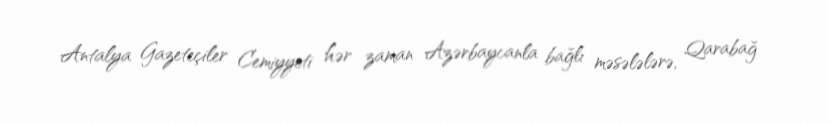
Antalya Gazeteçiler Cemiyyeti hər zaman Azərbaycanla bağlı məsələlərə, Qarabağ